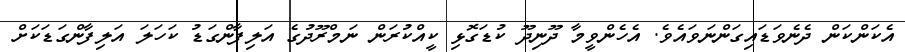
އެކަންކަން ދެނެވަޑައިގަންނަވައެވެ. އެހެންވީމާ ދޫނިދޫ ކުޑަގޮޅި ކީއްކުރަން ނަމްރޫދުގެ އަލިފާންގަޑު ކަހަލަ އަލިފާންގަޑަކަށް